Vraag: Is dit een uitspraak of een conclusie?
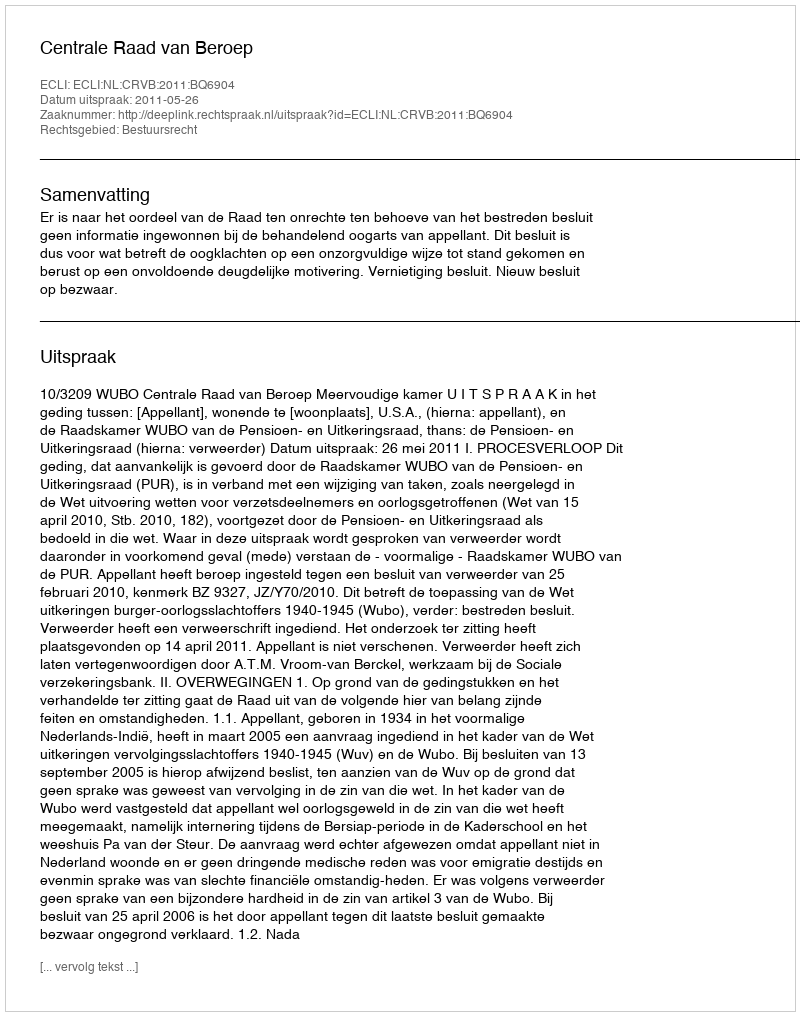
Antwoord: Uitspraak